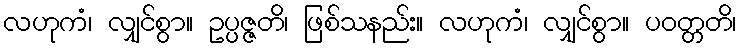
လဟုကံ၊ လျှင်စွာ။ ဥပ္ပဇ္ဇတိ၊ ဖြစ်သနည်း။ လဟုကံ၊ လျှင်စွာ။ ပဝတ္တတိ၊